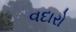
વદારો